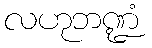
လဟုဘဏ္ဍံ